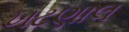
ખટણાલ